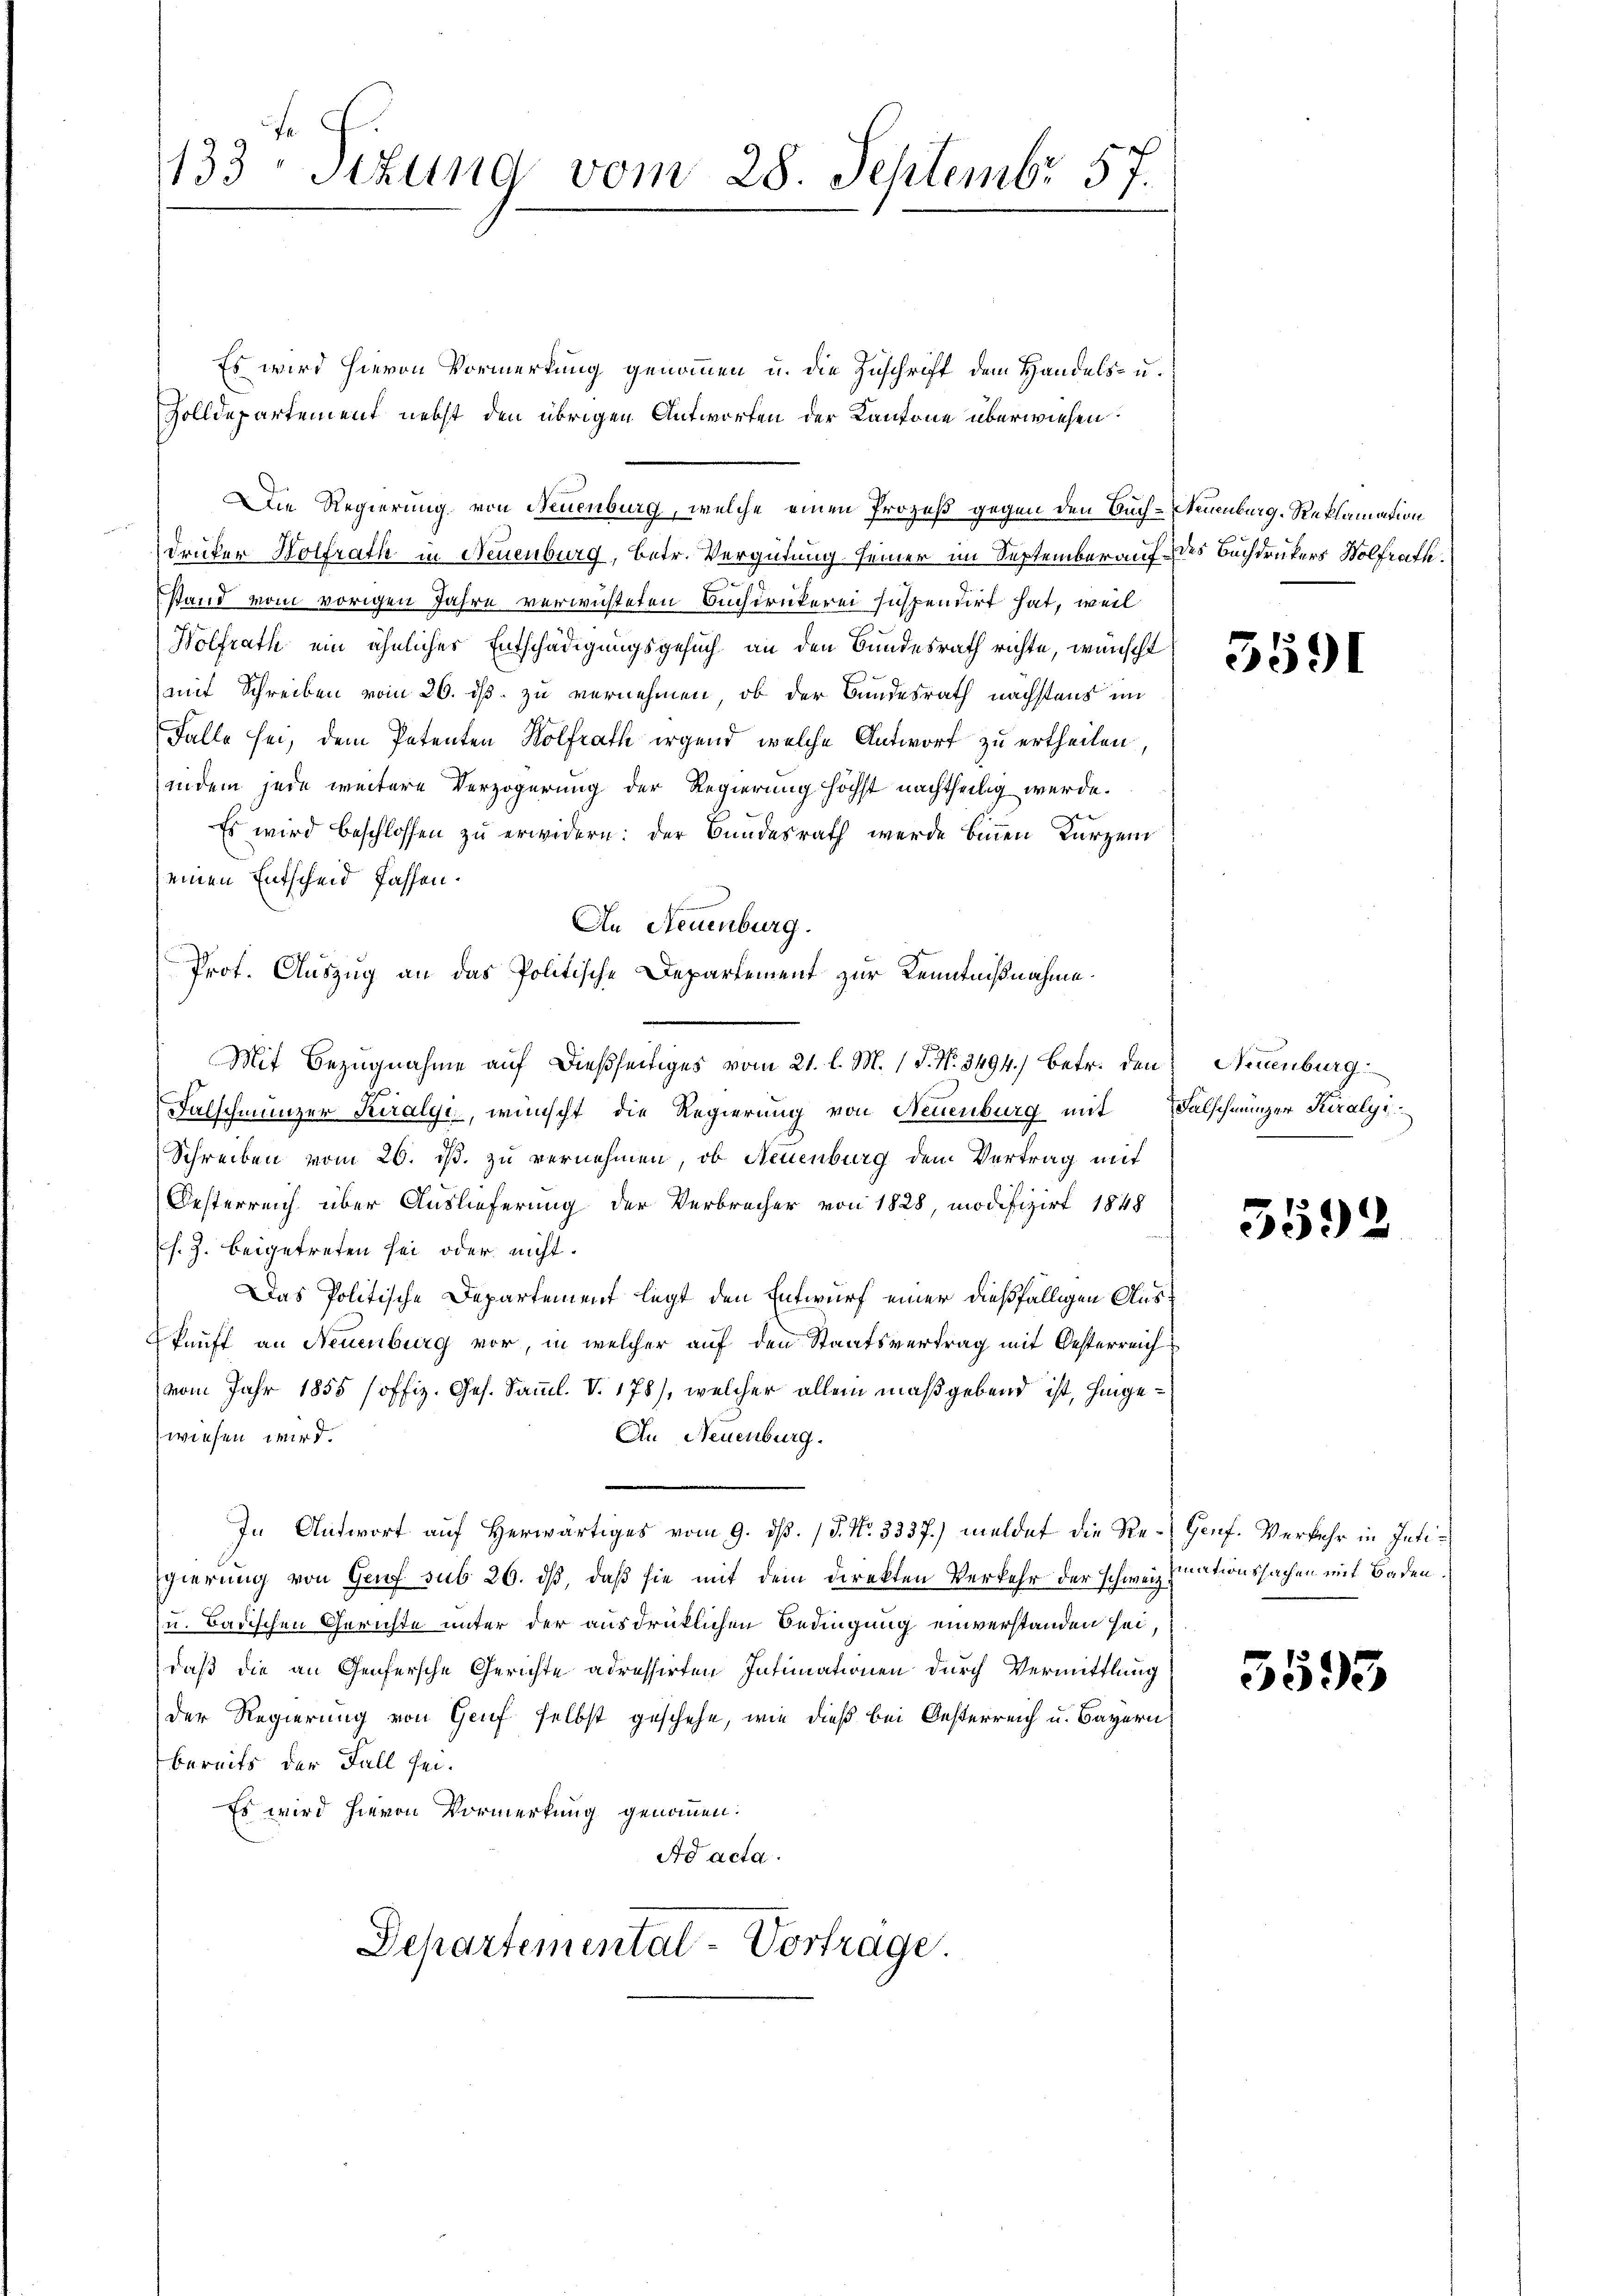
133 schung vom 28. Septembr 57.

Es wird hievon Vormerkung genommen u. die Zuschrift dem Handels- u.
Zolldepartement nebst den übrigen Antworfen der Kantone überwiesen:
Die Regierung von Neuenburg, welche einen Prozeß gegen den Buch-Neuenburg-Reklamation
druker Holfrath in Neuenburg, betr. Vergütung seiner im Septemberauf des Buchdrukers Wolfrath.
stand vom vorigen Jahre verwichteten Buchdruckerei Inspendirt hat, weil
Wolfrath ein ähnliches Entschädigungsgesuch an den Bundesrath richte, wünscht
mit Schreiben vom 26. ds. zu vernehmen, ob der Bundesrath nächstens im
Falle sei, dem Petenten Wolfrath irgend, welche Antwort zu ertheilen,
indem jede weitere Verzögerung der Regierung höchst nachtheilig werde.
Es wird beschlossen zu erwidern: der Bundesrath werde binnen Kurzem
seinen Entscheid fassen.
An Neuenburg.
Prof. Auszug an das Politische Departement zur Kenntnißnahme.
Falschmunzer Kiralyi, wünscht die Regierung von Neuenburg mit Falschmünzer Kiralyi
Schreiben vom 20. ds. zu vernehmen, ob Neuenburg dem Vertrag mit
Oesterreich über Auslieferung der Verbrecher von 1828, modifizirt 1848
s. Z. beigetreten sei oder nicht.
Das Politische Departement legt den Entwurf einer dießfälligen Auskunft an Neuenburg vor, in welcher auf den Staatsvertrag mit Oesterreich
vom Jahr 1855 /offiz. Ges. Samml. V. 178), welcher allein maßgebend ist, hinge¬
An Neuenburg.
wiesen wird.
In Antwort aŭf herwärtiges vom 9. dβ. / 5. No. 3337.) meldet die Re-Genf. Verkehr in Intigierung von Genf sub 26. dß, daß sie mit dem Direkten Verkehr der schweiz nationssachen mit Baden.
u. Badischen Gerichte unter der ausdrücklichen Bedingung einverstanden sei,
daß die an Genfersche Gerichte adressirten Intimationen durch Vermittlung
Der Regierung von Genf selbst geschehe, wie dieß bei Oesterreich u. Bayern
bereits der Fall sei.
Es wird hievon Vormerkung genommen:
Ad acta.
Separtemental-Vorträge.

Mit Bezugnahme auf dießseitiges vom 21. l. M. 1 S. Nr. 3494. betr. den Neuenburg

5591

3592

3593